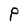
Character: P